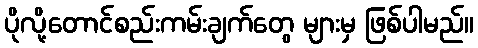
ပိုလို့တောင်စည်းကမ်းချက်တွေ များမှ ဖြစ်ပါမည်။